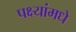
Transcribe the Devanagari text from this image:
पक्ष्यांमधे